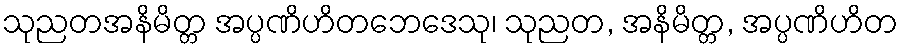
သုညတအနိမိတ္တ အပ္ပဏိဟိတဘေဒေသု၊ သုညတ, အနိမိတ္တ, အပ္ပဏိဟိတ